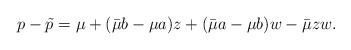
LaTeX: \begin{align*}p-\tilde{p} = \mu+(\bar{\mu} b-\mu a)z+(\bar{\mu}a - \mu b)w - \bar{\mu}zw.\end{align*}